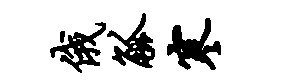
俄觚寒